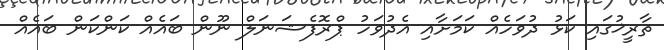
ތާރީޚުގައި ކަޅު ދުވަހެއް ކަމަށާއި އެދުވަހު ޕްރޮފެޝަނަލް ނޫން ބައެއް ކަންކަން ބައެއް